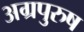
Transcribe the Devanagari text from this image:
अग्रपुरुष